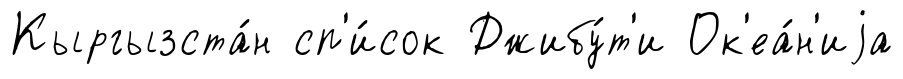
Кыргызста́н сп'и́сок Джибу́т'и Ок'еа́н'иjа